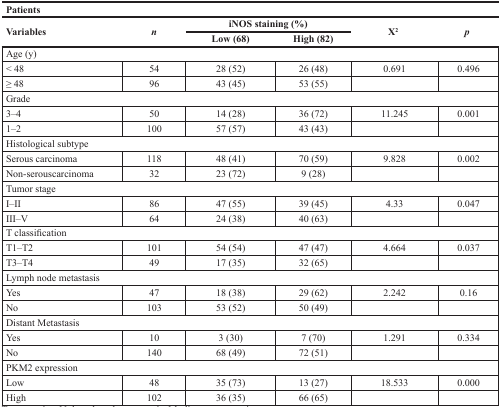
| <COLSPAN=6> Patients |
 | <ROWSPAN=2> Variables | <ROWSPAN=2> n | <COLSPAN=2> iNOS staining (%) | <ROWSPAN=2> X2 | <ROWSPAN=2> p |
 | Low (68) | High (82) |
 | --- | --- | --- | --- | --- | --- |
 | <COLSPAN=6> Age (y) |
 | < 48 | 54 | 28 (52) | 26 (48) | 0.691 | 0.496 |
 | ≥ 48 | 96 | 43 (45) | 53 (55) |  |  |
 | <COLSPAN=6> Grade |
 | 3–4 | 50 | 14 (28) | 36 (72) | 11.245 | 0.001 |
 | 1–2 | 100 | 57 (57) | 43 (43) |  |  |
 | <COLSPAN=6> Histological subtype |
 | Serous carcinoma | 118 | 48 (41) | 70 (59) | 9.828 | 0.002 |
 | Non-serouscarcinoma | 32 | 23 (72) | 9 (28) |  |  |
 | <COLSPAN=6> Tumor stage |
 | I–II | 86 | 47 (55) | 39 (45) | 4.33 | 0.047 |
 | III–V | 64 | 24 (38) | 40 (63) |  |  |
 | <COLSPAN=6> T classification |
 | T1–T2 | 101 | 54 (54) | 47 (47) | 4.664 | 0.037 |
 | T3–T4 | 49 | 17 (35) | 32 (65) |  |  |
 | <COLSPAN=6> Lymph node metastasis |
 | Yes | 47 | 18 (38) | 29 (62) | 2.242 | 0.16 |
 | No | 103 | 53 (52) | 50 (49) |  |  |
 | <COLSPAN=6> Distant Metastasis |
 | Yes | 10 | 3 (30) | 7 (70) | 1.291 | 0.334 |
 | No | 140 | 68 (49) | 72 (51) |  |  |
 | <COLSPAN=6> PKM2 expression |
 | Low | 48 | 35 (73) | 13 (27) | 18.533 | 0.000 |
 | High | 102 | 36 (35) | 66 (65) |  |  |